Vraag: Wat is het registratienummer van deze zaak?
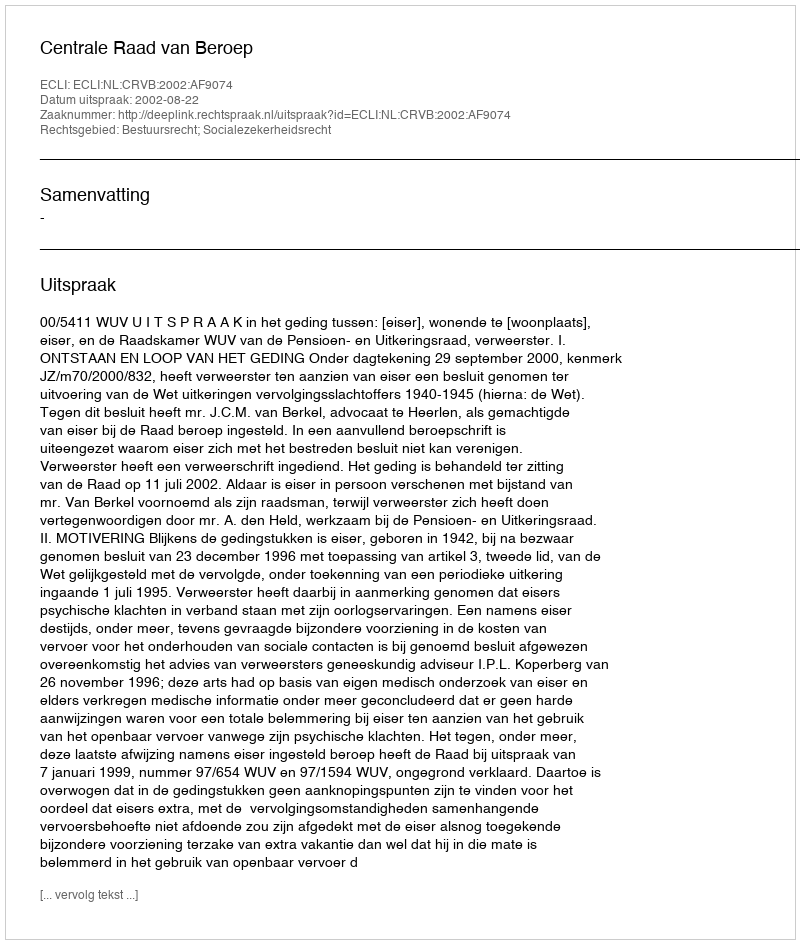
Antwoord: http://deeplink.rechtspraak.nl/uitspraak?id=ECLI:NL:CRVB:2002:AF9074